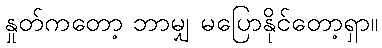
နှုတ်ကတော့ ဘာမျှ မပြောနိုင်တော့ရှာ။